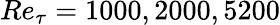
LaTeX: Re_{\tau}=1000,2000,5200